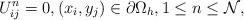
LaTeX: \begin{align*} U_{ij}^{n}=0,(x_i,y_j)\in\partial\Omega_{h},1\leq n\leq \mathcal{N}, \end{align*}